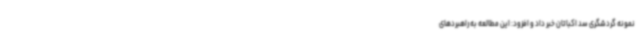
نمونه گردشگری سد اکباتان خبر داد و افزود: این مطالعه به راهبردهای